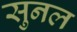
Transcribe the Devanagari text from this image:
सुनल